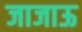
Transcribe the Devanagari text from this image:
जाजाऊ